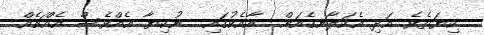
ކިޔަތެވެ. އަދި އެކަލާނގެއަށް  އާއެކުގައި  ނުކިޔާ އެއްވެސް އެއްޗެއް